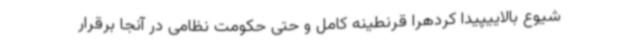
شیوع بالاییپیدا کردهرا قرنطینه کامل و حتی حکومت نظامی در آنجا برقرار